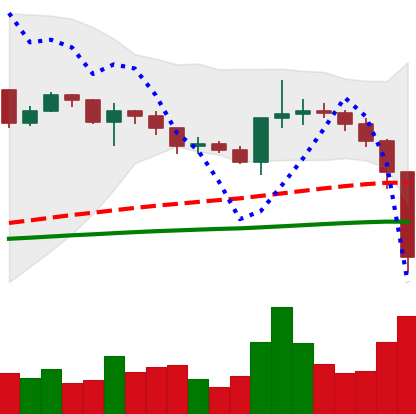
Ticker: XRP-USD
Chart end date: 2020-12-23
Forward return: -4.116%
Label: down_3_5